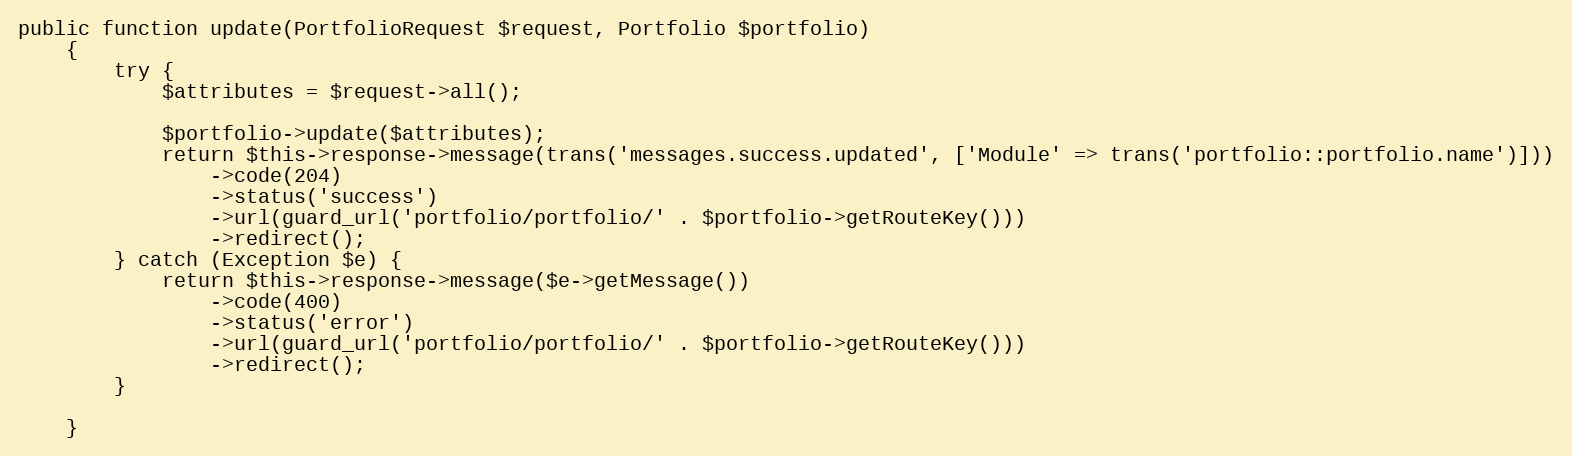
Language: PHP
public function update(PortfolioRequest $request, Portfolio $portfolio)
    {
        try {
            $attributes = $request->all();

            $portfolio->update($attributes);
            return $this->response->message(trans('messages.success.updated', ['Module' => trans('portfolio::portfolio.name')]))
                ->code(204)
                ->status('success')
                ->url(guard_url('portfolio/portfolio/' . $portfolio->getRouteKey()))
                ->redirect();
        } catch (Exception $e) {
            return $this->response->message($e->getMessage())
                ->code(400)
                ->status('error')
                ->url(guard_url('portfolio/portfolio/' . $portfolio->getRouteKey()))
                ->redirect();
        }

    }